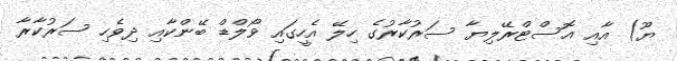
ޔޫ) އާއި އޮސްޓްރޭލިޔާ ސަރުކާރުގެ ހިލޭ އެހީގައި ވޯލްޑް ބޭންކާއި ދިވެހި ސަރުކާރާ